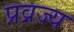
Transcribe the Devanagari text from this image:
प्रव्रज्य